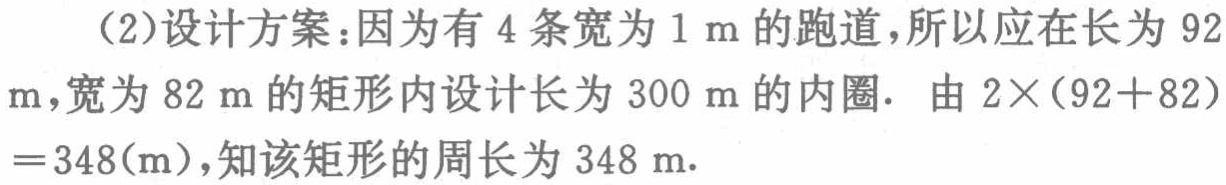
（2）设计方案：因为有4条宽为1 m的跑道，所以应在长为92 m，宽为82 m的矩形内设计长为300 m的内圈. 由$2\times(92 + 82)=348(\text{m})$，知该矩形的周长为348 m.